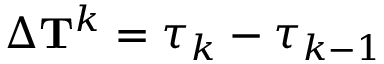
\Delta \mathbf { T } ^ { k } = \boldsymbol { \tau } _ { k } - \boldsymbol { \tau } _ { k - 1 }